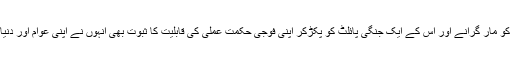
بلکہ ہندوستانی جہاز کو مار گرانے اور اس کے ایک جنگی پائلٹ کو پکڑ‌کر اپنی فوجی حکمت عملی کی قابلیت کا ثبوت بھی انہوں نے اپنی عوام اور دنیا کے سامنے دے دیا۔